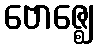
ဗောဇ္ဈေ